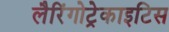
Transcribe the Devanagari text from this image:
लैरिंगोट्रेकाइटिस